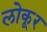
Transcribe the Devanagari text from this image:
लोकूर